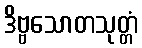
ဒိဗ္ဗသောတသုတ္တံ